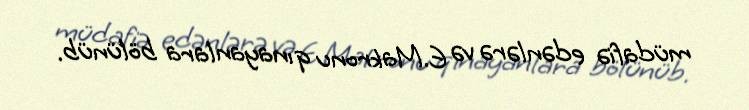
müdafiə edənlərə və E.Makronu qınayanlara bölünüb.